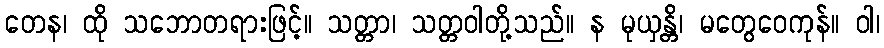
တေန၊ ထို သဘောတရားဖြင့်။ သတ္တာ၊ သတ္တဝါတို့သည်။ န မုယှန္တိ၊ မတွေဝေကုန်။ ဝါ၊